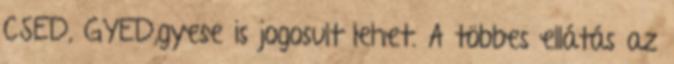
CSED, GYED,gyese is jogosult lehet. A többes ellátás az